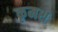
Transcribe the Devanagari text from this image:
कृमश